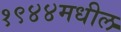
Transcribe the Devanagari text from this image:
१९४४मधील